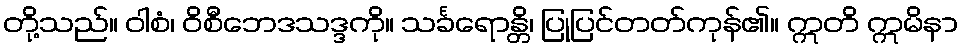
တို့သည်။ ဝါစံ၊ ဝိစီဘေဒသဒ္ဒကို။ သင်္ခရောန္တိ၊ ပြုပြင်တတ်ကုန်၏။ ဣတိ ဣမိနာ